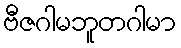
ဗီဇဂါမဘူတဂါမာ